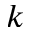
k